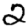
Digit: 2